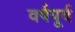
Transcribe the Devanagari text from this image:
वर्षपूर्व